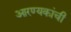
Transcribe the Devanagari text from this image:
आरण्यकांची